Mental hospitals Bombay report 1929-33 - 1929-1933
Year: 1929
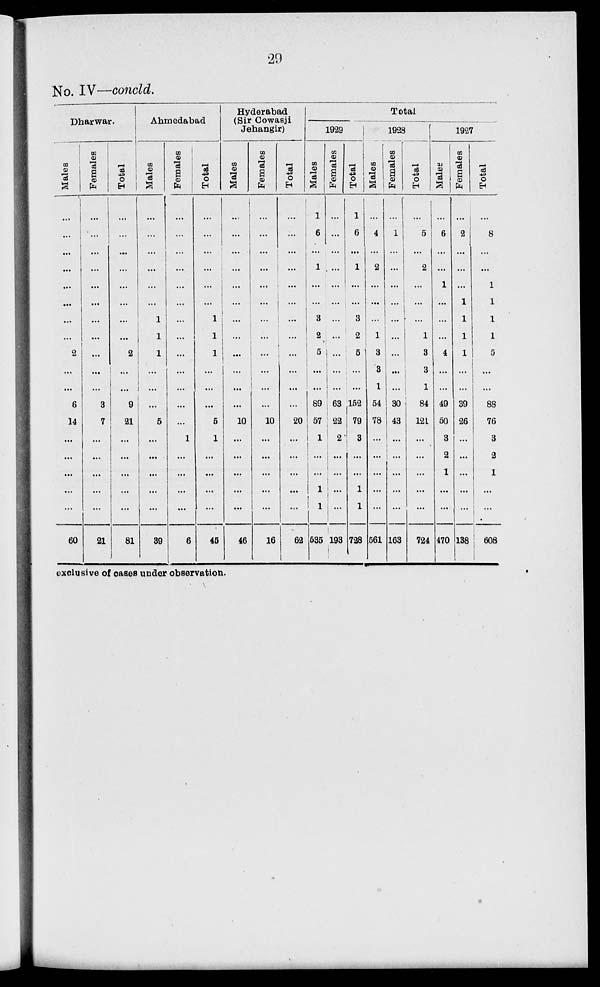
29
No. IV—concld.
Dharwar.
Males
...
...
...
...
...
...
...
...
2
...
...
6
14
...
...
...
...
...
60
Females
...
...
...
...
...
...
...
...
...
...
...
3
7
...
...
...
...
...
21
Total
...
...
...
...
...
...
...
...
2
...
...
9
21
...
...
...
...
...
81
Ahmedabad
Males
...
...
...
...
...
...
1
1
1
...
...
...
5
...
...
...
...
...
39
Females
...
...
...
...
...
...
...
...
...
...
...
...
...
1
...
...
...
...
6
Total
...
...
...
...
...
...
1
1
1
...
...
...
5
1
...
...
...
...
45
Hyderabad
(Sir Cowasji
Jehangir)
Males
...
...
...
...
...
...
...
...
...
...
...
...
10
...
...
...
...
...
46
Females
...
...
...
...
...
...
...
...
...
...
...
...
10
...
...
...
...
...
16
Total
...
...
...
...
...
...
...
...
...
...
...
...
20
...
...
...
...
...
62
Total
1929
Males
1
6
...
1
...
...
3
2
5
...
...
89
57
1
...
1
1
535
Females
...
...
...
...
...
...
...
...
...
...
...
63
22
2
...
...
...
...
193
Total
1
6
...
1
...
...
3
2
5
...
...
152
79
3
...
...
1
1
728
1928
Males
...
4
...
2
...
...
...
1
3
3
1
54
78
...
...
...
...
...
561
Females
...
1
...
...
...
...
...
...
...
...
...
30
43
...
...
...
...
...
163
Total
...
5
...
2
...
...
...
1
3
3
1
84
121
...
...
...
...
...
724
1927
Males
...
6
...
...
1
...
...
...
4
...
...
49
50
3
2
1
...
...
470
Females
...
2
...
...
...
1
1
1
1
...
...
39
26
...
...
...
...
...
138
Total
...
8
...
...
1
1
1
1
5
...
...
88
76
3
2
1
...
1
608
exclusive of cases under observation.